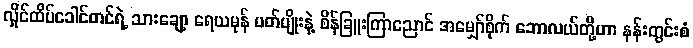
လှိုင်ထိပ်ခေါင်တင်ရဲ့ သားချော့ ရေယမုန် ပတ်ပျိုးနဲ့ စိန်ခြူးကြာညောင် အမျှော်စိုက် ဘောလယ်တို့ဟာ နန်းတွင်းစံ